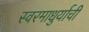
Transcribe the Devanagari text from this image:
स्वरमाधुर्याची